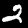
Digit: 2